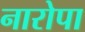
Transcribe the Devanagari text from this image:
नारोपा